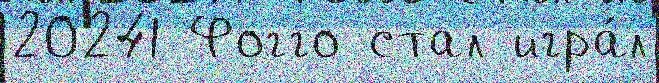
20241 Фогго стал игра́л